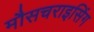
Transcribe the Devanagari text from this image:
मौसचराइसिंग